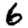
Digit: 6